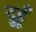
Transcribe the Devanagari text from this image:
दुहूँ